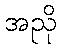
အညို